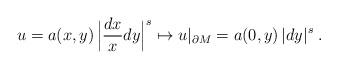
LaTeX: \begin{align*}u=a(x,y)\,\Big|\frac{dx}{x}dy\Big|^s\mapsto u|_{\partial M}=a(0,y)\,|dy|^s\;.\end{align*}